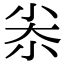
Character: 尜